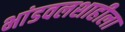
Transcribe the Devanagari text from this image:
भांडवलशाहीला